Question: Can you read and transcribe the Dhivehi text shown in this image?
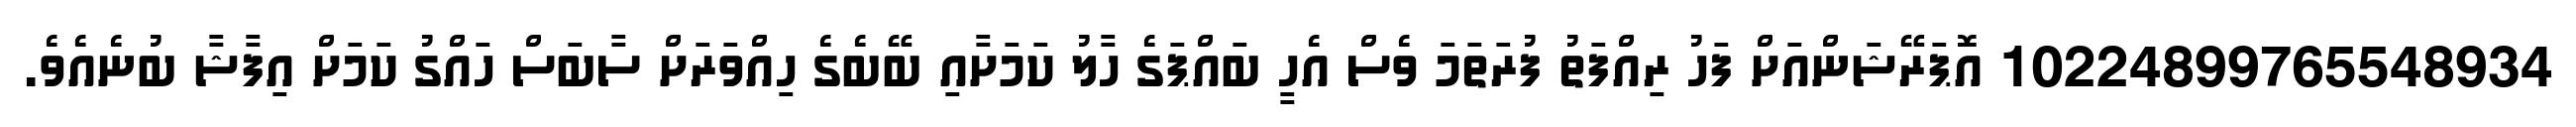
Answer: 10224899765548934 އޮޕަރޭޝަންއަށް ފަހު ރިއްފަތު ފުރަތަމަ ވެސް އެހީ ބައްޕަގެ ހާލު ކަމަށާއި ބޭބެގެ ހިއްވަރަށް ސާބަސް ހައްގު ކަމަށް އިފާޝާ ބުނެއެވެ.